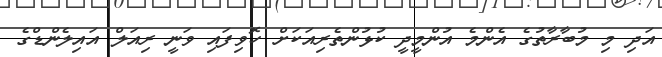
އަދި މި މުބާރާތުގެ އެންމެ އުންމީދީ ކުޅުންތެރިއަކަށް ހޮވިފައި ވަނީ ރިއަލް އައިލެންޑްގެ